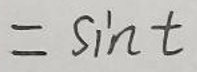
$= \sin t$